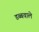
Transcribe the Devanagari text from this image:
डब्बवाले